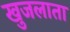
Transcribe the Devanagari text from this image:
खुजलाता